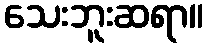
သေးဘူးဆရာ။